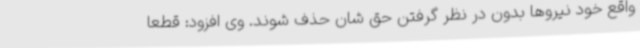
واقع خود نیروها بدون در نظر گرفتن حق شان حذف شوند. وی افزود: قطعا